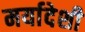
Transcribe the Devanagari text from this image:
मर्यादेशी